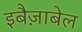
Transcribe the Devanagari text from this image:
इबैज़ाबेल